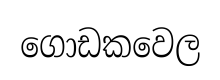
ගොඩකවෙල